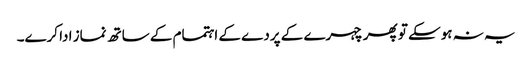
یہ نہ ہوسکے تو پھر چہرے کے پردے کے اہتمام کے ساتھ نماز ادا کرے۔